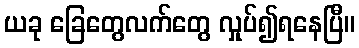
ယခု ခြေတွေလက်တွေ လှုပ်၍ရနေပြီ။